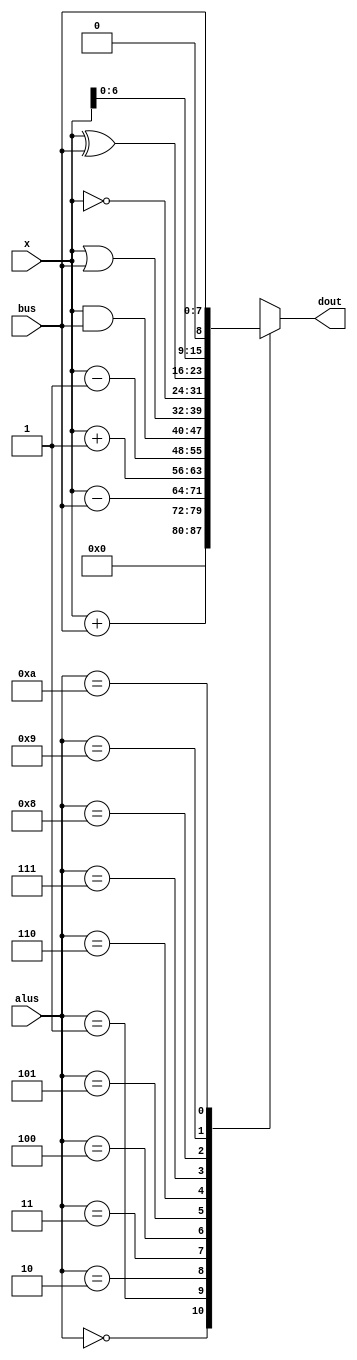
/**/
module alu(alus,x, bus, dout);
	input [7:0]x, bus;
	input[3:0]alus;
	output reg[7:0] dout;
	always@(x or bus or alus)
	begin
		case(alus)
			4'b0000:	dout = 8'b00000000;
			4'b0001:	dout = x + bus;
			4'b0010:	dout = x - bus;
			4'b0011: dout = x + 8'b00000001;
			4'b0100:	dout = x - 8'b00000001;
			4'b0101:	dout = x & bus;
			4'b0110:	dout = x | bus;
			4'b0111: dout = ~ x;
			4'b1000: dout = x ^ bus;
			4'b1001: dout = x << 1;
			4'b1010: dout = bus;
			default:dout = 8'bx;
		endcase
	end
endmodule